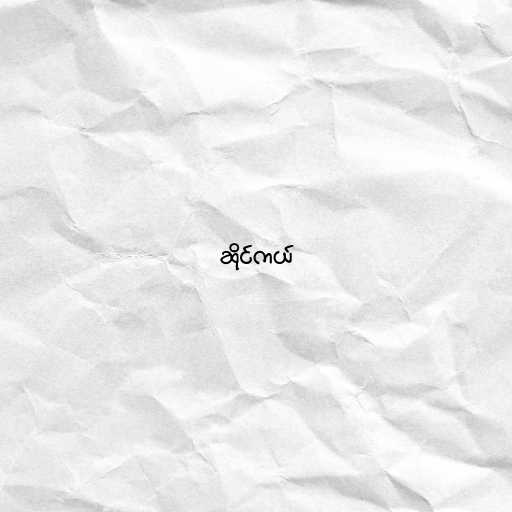
ဆိုင်ကယ်